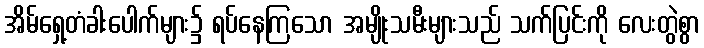
အိမ်ရှေ့တံခါးပေါက်များ၌ ရပ်နေကြသော အမျိုးသမီးများသည် သက်ပြင်းကို လေးတွဲစွာ